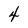
Character: 4